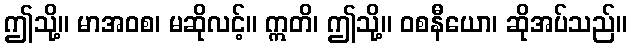
ဤသို့။ မာအဝစ၊ မဆိုလင့်။ ဣတိ၊ ဤသို့။ ဝစနီယော၊ ဆိုအပ်သည်။